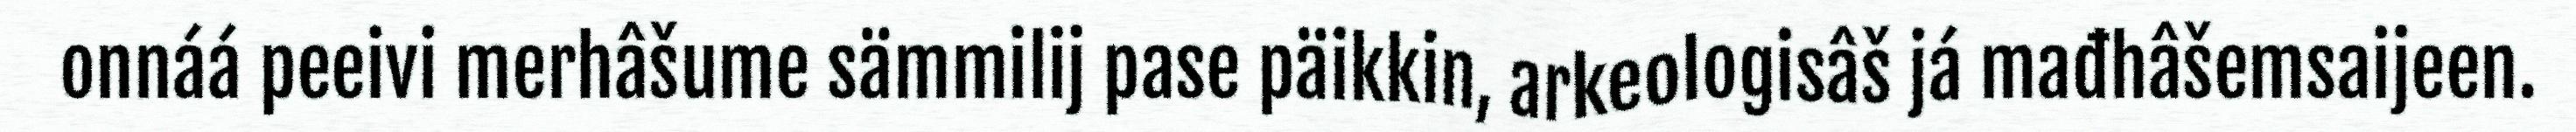
onnáá peeivi merhâšume sämmilij pase päikkin, arkeologisâš já mađhâšemsaijeen.